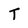
Character: T